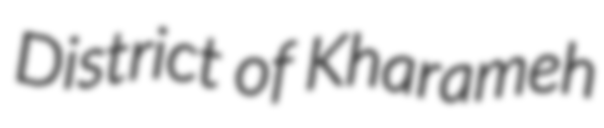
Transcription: District of Kharameh